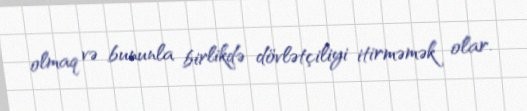
olmaq və bununla birlikdə dövlətçiliyi itirməmək olar.